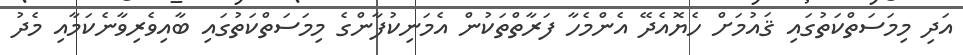
އަދި މިމަސަތްކަތުގައި ޤައުމަށް ހެޔޮއެދޭ އެންމެހާ ފަރާތްތަކުން އެމަނިކުފާންގެ މިމަސަތްކަތުގައި ބާއިވެރިވާނެކަމާއި މެދު